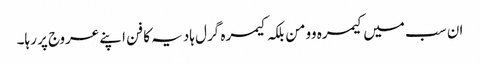
ان سب میں کیمرہ وومن بلکہ کیمرہ گرل ہادیہ کا فن اپنے عروج پر رہا۔